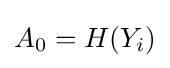
A_{0}=H(Y_{i})